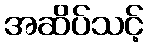
အဆိပ်သင့်